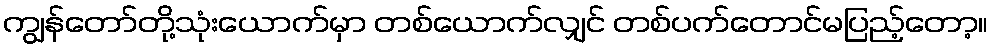
ကျွန်တော်တို့သုံးယောက်မှာ တစ်ယောက်လျှင် တစ်ပက်တောင်မပြည့်တော့။